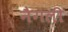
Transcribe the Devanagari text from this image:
नैगली